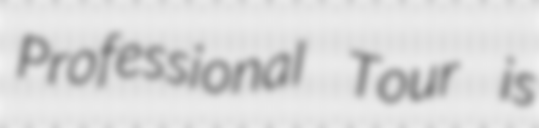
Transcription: Professional Tour is